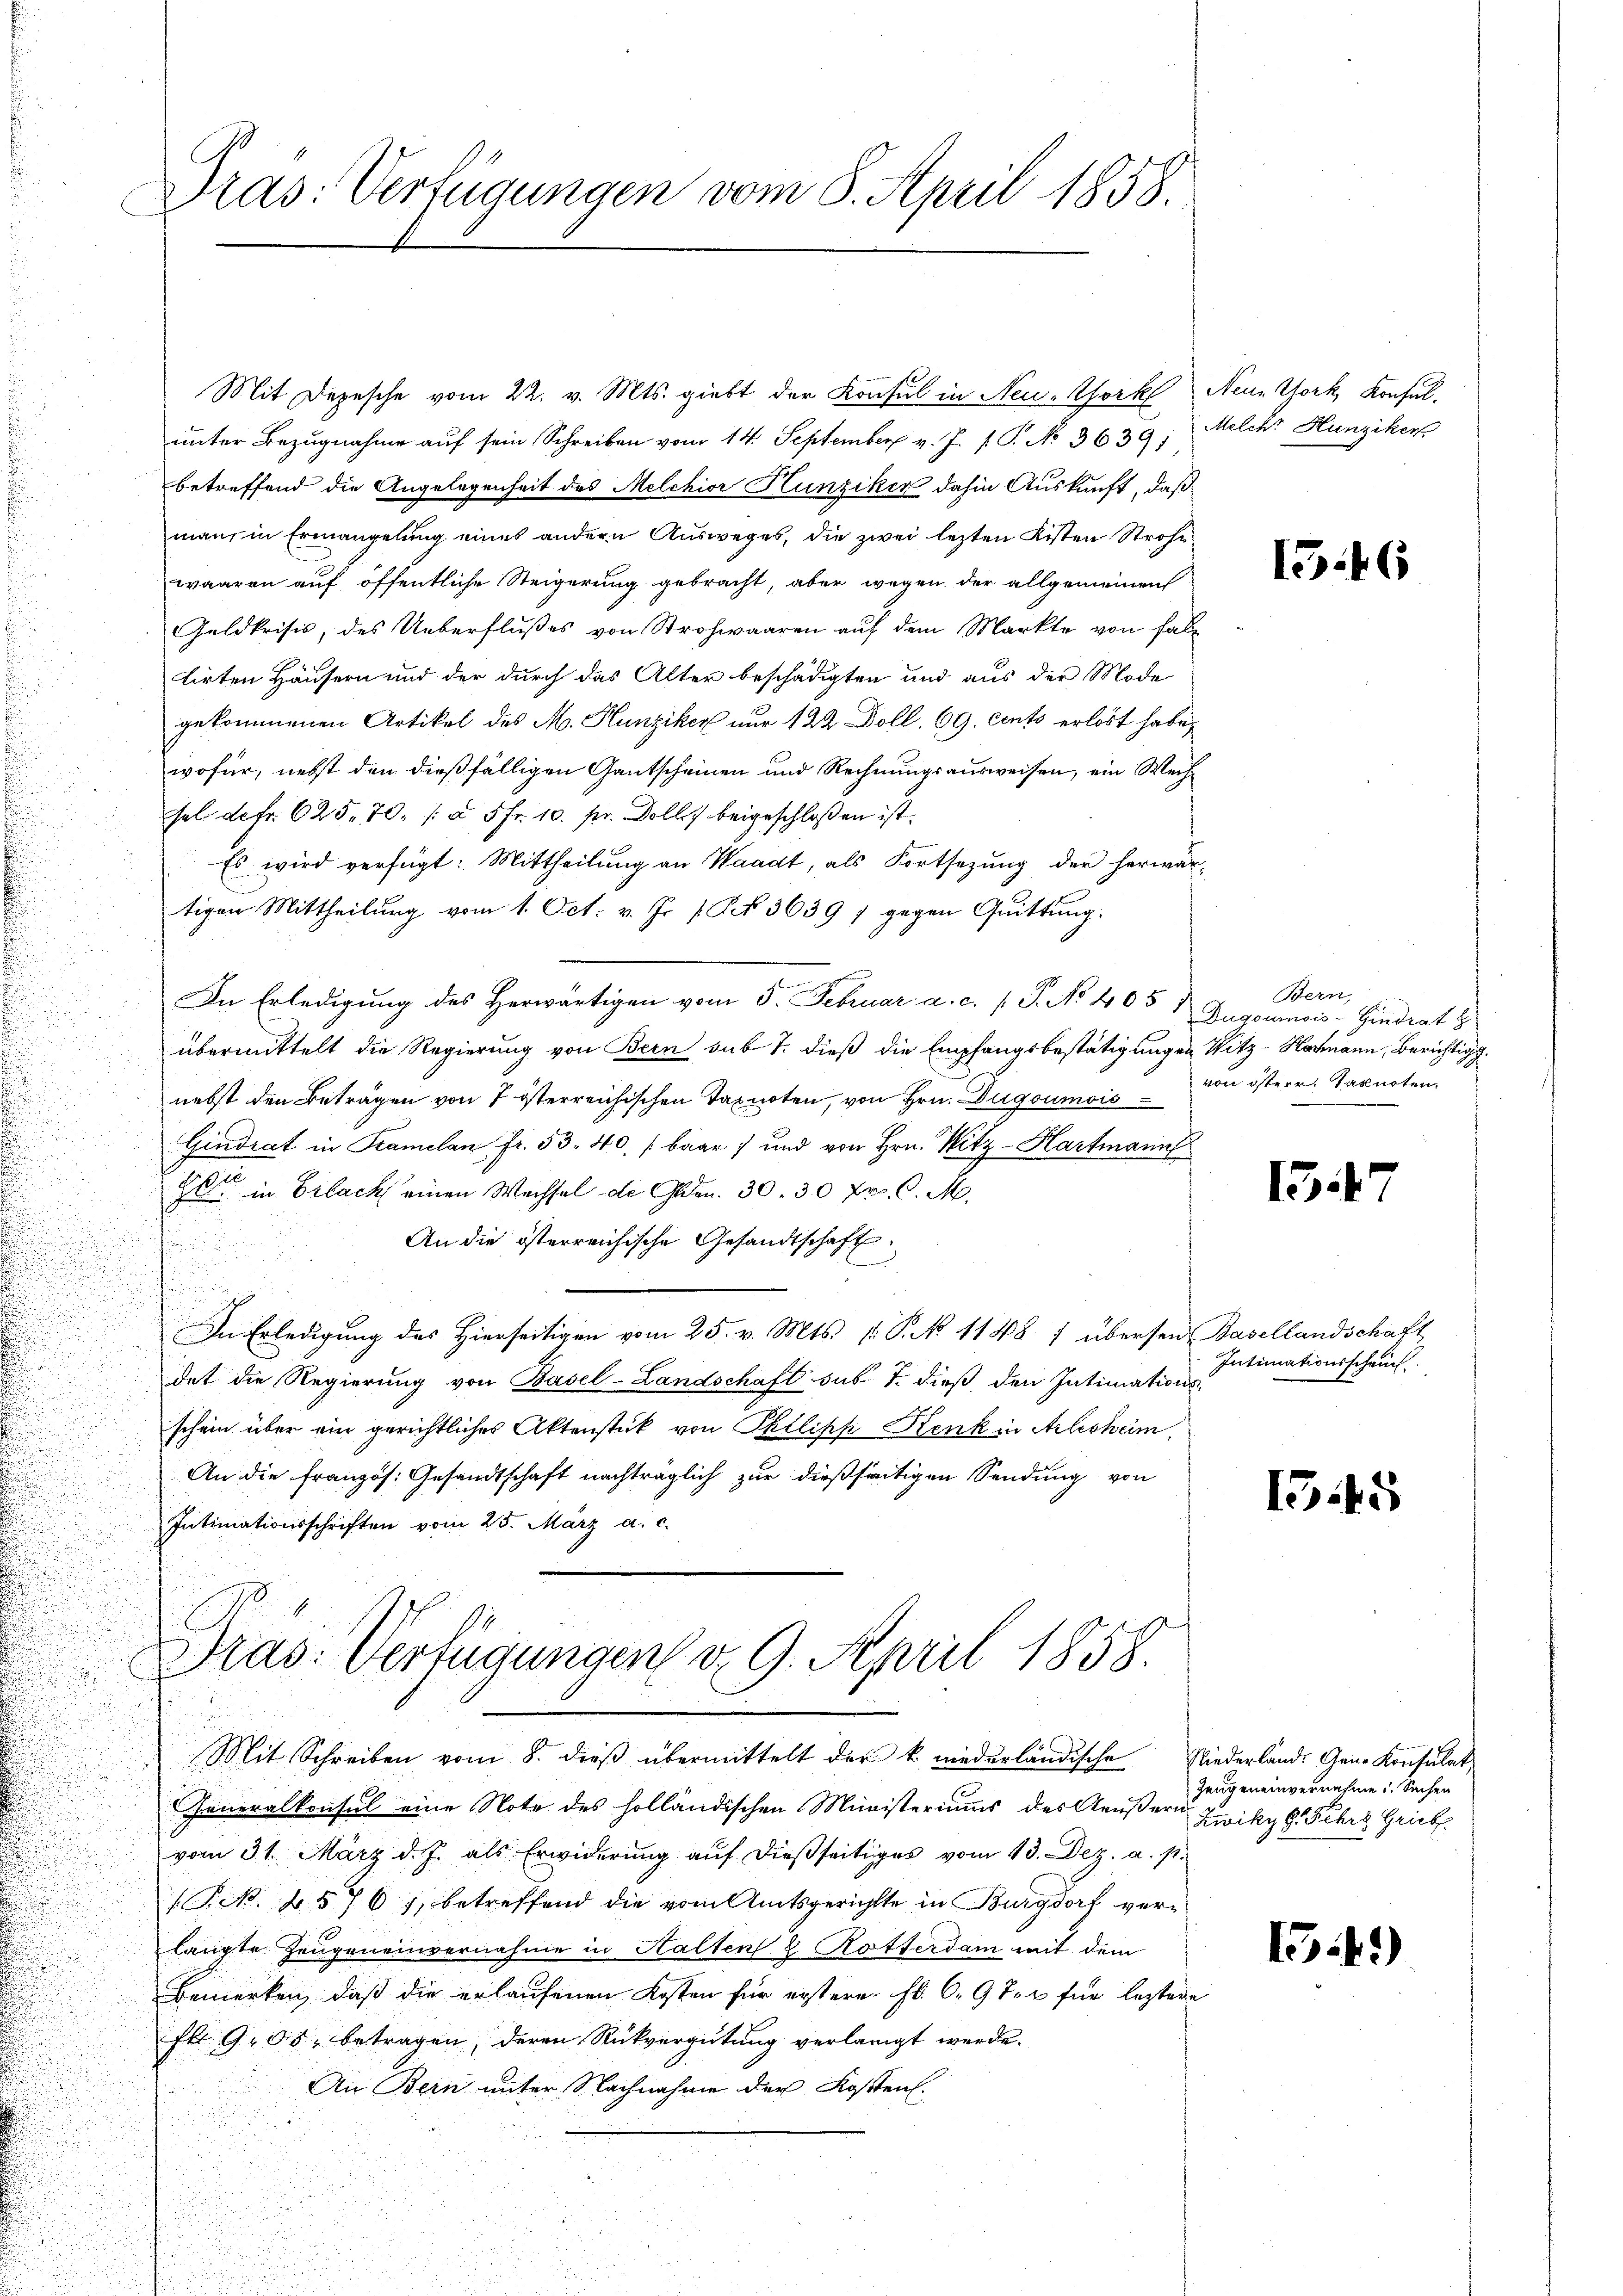
Präs: Verfügungen vom 8. April 1858.

Mit Depesche vom 22. v. Mts. giebt der Konsul in Neu-Bork Neun York, Konsulŭnter Bezugnahme aŭf sein Schreiben vom 14. September v. J. P. P. No 3639)
betreffend die Angelegenheit des Melchior Hunziker dahin Auskunft, daß
man, in Ermangelung eines andern Ausweges, die zwei lezten Listen Strohe
waaren auf öffentliche Steigerung gebracht, aber wegen der allgemeinen
Geldkrisis, des Ueberflußes von Strohwaaren auf dem Markte von faltirten Häusern und der durch das Alter beschädigten und aus der Mode
gekommenen Artikel des M. Hunziker nur 122 Doll. 69. ents erlöst habe,
wofür, nebst den dießfälligen Gantscheinen und Rechnungsausweisen, ein Wech¬
u
sel defr. 625. 70. [§ 5 fr. 10. pr. Dolles beigeschloßen ist.
Es wird verfügt: Mittheilung an Waadt, als Fortsetzung der herwär
tigen Mittheilung vom 1. Oct. v. J. P. Nr. 3639 7 gegen Quittung.
In Erledigung des Herwärtigen vom 5. Februar a. c. s. S. No 405;
übermittelt die Regierung von Bern sub 7. dieß die Empfangsbestätigungen Witz-Hagmann, Berichtig.
nebst den Beträgen von 7 österreichischen Taxnoten, von Hrn. Dugoumois
Gindrat in Kramelan fr. 53. 40. / baar und von Hrn. Hitz-Hartmann
n
8. in Erlack einen Wechsel de Gelden. 30. 30 Fr. C. M.
n

An die österreichische Gesandtschaft
u
u
In Erledigung des Hierseitigen vom 25. v. Mts. k. P. NNo. 1148 7 übersen Basellandschaft,
n
det die Regierung von Basel-Landschaft sus 7. dieß den Intimationsschein über ein gerichtliches Aktenstük von Philipk Kenk in Arlesheim,
u
.
An die Französ. Gesandtschaft nachträglich zur dießseitigen Sendung von
Intimationsschriften vom 25. März a. c.
Dras: Verfügungen d. 9. April 1858.
Mit Schreiben vom 8. dieβ übermittelt der k. niederländische Niederlande Gen. Konsulat
Generalkonsul eine Note des holländischen Ministeriums des Aeußern Zwiky 6. Fehrg Grieb
vom 31. März d. J. als Erwiderung auf dießseitiges vom 13. Dez. a. p.
(Frk. 1576), betreffend die vom Amtsgerichtte in Burgdorf verlangte Zeugeneinvernahme in Halten & Rotterdam mit dem
Bemerken, daß die erlaufenen Kosten für erstere Fr. 6. 9 ten für leztere
fl 905, betragen, deren Rückvergütung verlangt werde.
An Bein unter Nachnahme der Kosten.

Melche Hunziker

1546

Bern,
Dugoumois-Eindrat H
von österr. Taknoten

15.

Intimationsscheuch

155

Zeugeneinvernehme. Seiten

15.41)